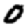
Digit: 0